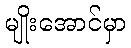
မျိုးအောင်မှာ